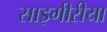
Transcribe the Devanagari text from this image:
साइगीरीया